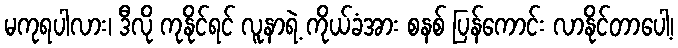
မကုရပါလား၊ ဒီလို ကုနိုင်ရင် လူနာရဲ့ ကိုယ်ခံအား စနစ် ပြန်ကောင်း လာနိုင်တာပေါ့၊